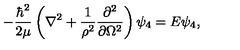
- \frac { \hbar ^ { 2 } } { 2 \mu } \left( \nabla ^ { 2 } + \frac { 1 } { \rho ^ { 2 } } \frac { \partial ^ { 2 } } { \partial \Omega ^ { 2 } } \right) \psi _ { 4 } = E \psi _ { 4 } ,